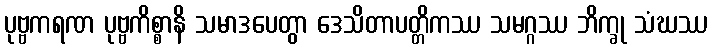
ပုဗ္ဗကရဏ ပုဗ္ဗကိစ္စာနိ သမာဒပေတွာ ဒေသိတာပတ္တိကဿ သမဂ္ဂဿ ဘိက္ခု သံဃဿ